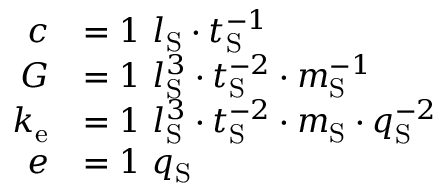
{ \begin{array} { r l } { c } & { = 1 \ l _ { \mathrm { S } } \cdot t _ { \mathrm { S } } ^ { - 1 } } \\ { G } & { = 1 \ l _ { \mathrm { S } } ^ { 3 } \cdot t _ { \mathrm { S } } ^ { - 2 } \cdot m _ { \mathrm { S } } ^ { - 1 } } \\ { k _ { \mathrm { e } } } & { = 1 \ l _ { \mathrm { S } } ^ { 3 } \cdot t _ { \mathrm { S } } ^ { - 2 } \cdot m _ { \mathrm { S } } \cdot q _ { \mathrm { S } } ^ { - 2 } } \\ { e } & { = 1 \ q _ { \mathrm { S } } } \end{array} }